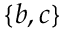
\{ b , c \}